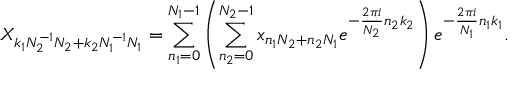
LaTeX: X _ { k _ { 1 } N _ { 2 } ^ { - 1 } N _ { 2 } + k _ { 2 } N _ { 1 } ^ { - 1 } N _ { 1 } } = \sum _ { n _ { 1 } = 0 } ^ { N _ { 1 } - 1 } \left( \sum _ { n _ { 2 } = 0 } ^ { N _ { 2 } - 1 } x _ { n _ { 1 } N _ { 2 } + n _ { 2 } N _ { 1 } } e ^ { - { \frac { 2 \pi i } { N _ { 2 } } } n _ { 2 } k _ { 2 } } \right) e ^ { - { \frac { 2 \pi i } { N _ { 1 } } } n _ { 1 } k _ { 1 } } .